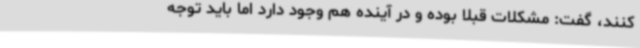
کنند، گفت: مشکلات قبلا بوده و در آینده هم وجود دارد اما باید توجه